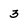
Character: 3